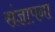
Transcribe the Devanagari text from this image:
संज्ञापना